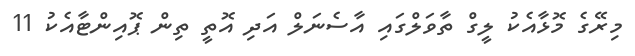
މިރޭގެ މޮޅާއެކު ލީގް ތާވަލްގައި އާސެނަލް އަދި އޮތީ ތިން ޕޮއިންޓާއެކު 11